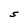
Character: S